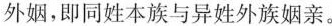
外姻，即同姓本族与异姓外族姻亲。